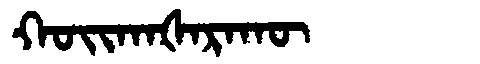
Manchu: ᡴᠣᡳᡴᠠᡧᠠᡵᠠᡴᡡ
Romanization: KOIKAŠARAKŪ